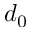
d _ { 0 }